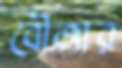
বৌজার